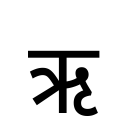
OCR:
ऋ